Civil Veterinary Department Bihar & Orissa reports 1911-21 - 1911-1921
Year: 1911
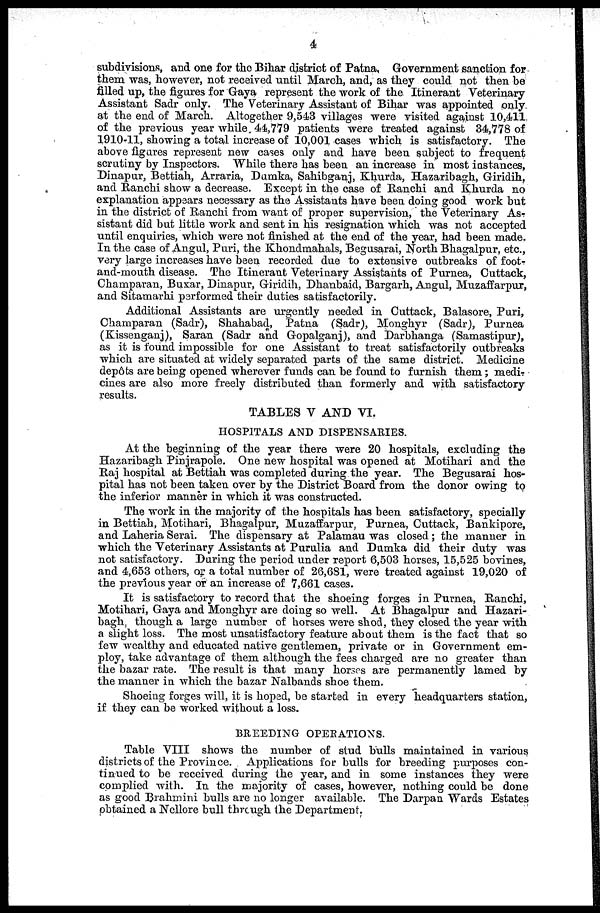
4
subdivisions, and one for the Bihar district of Patna, Government sanction for
them was, however, not received until March, and, as they could not then be
filled up, the figures for Gaya represent the work of the Itinerant Veterinary
Assistant Sadr only. The Veterinary Assistant of Bihar was appointed only
at the end of March. Altogether 9,543 villages were visited against 10,411
of the previous year while 44,779 patients were treated against 34,778 of
1910-11, showing a total increase of 10,001 cases which is satisfactory. The
above figures represent new cases only and have been subject to frequent
scrutiny by Inspectors. While there has been an increase in most instances,
Dinapur, Bettiah, Arraria, Dumka, Sahibganj, Khurda, Hazaribagh, Giridih,
and Ranchi show a decrease. Except in the case of Ranchi and Khurda no
explanation appears necessary as the Assistants have been doing good work but
in the district of Ranchi from want of proper supervision, the Veterinary As-
sistant did but little work and sent in his resignation which was not accepted
until enquiries, which were not finished at the end of the year, had been made.
In the case of Angul, Puri, the Khonclmahals, Begusarai, North Bhagalpur, etc.,
very large increases have been recorded due to extensive outbreaks of foot-
and-mouth disease. The Itinerant Veterinary Assistants of Purnea, Cuttack,
Champaran, Buxar, Dinapur, Giridih, Dhanbaid, Bargarh, Angul, Muzaffarpur,
and Sitamarhi performed their duties satisfactorily.
Additional Assistants are urgently needed in Cuttack, Balasore, Puri,
Champaran (Sadr), Shahabad, Patna (Sadr), Monghyr (Sadr), Purnea
(Kissenganj), Saran (Sadr and Gopalganj), and Darbhanga (Samastipur),
as it is found impossible for one Assistant to treat satisfactorily outbreaks
which are situated at widely separated parts of the same district. Medicine
depôts are being opened wherever funds can be found to furnish them ; medi-
cines are also more freely distributed than formerly and with satisfactory
results.
TABLES V AND VI.
HOSPITALS AND DISPENSARIES.
At the beginning of the year there were 20 hospitals, excluding the
Hazaribagh Pinjrapole. One new hospital was opened at Motihari and the
Raj hospital at Bettiah was completed during the year. The Begusarai hos-
pital has not been taken over by the District Board from the donor owing to
the inferior manner in which it was constructed.
The work in the majority of the hospitals has been satisfactory, specially
in Bettiah, Motihari, Bhagalpur, Muzaffarpur, Purnea, Cuttack, Bankipore,
and Laheria Serai. The dispensary at Palamau was closed; the manner in
which the Veterinary Assistants at Purulia and Dumka did their duty was
not satisfactory. During the period under report 6,503 horses, 15,525 bovines,
and 4,653 others, or a total number of 26,681, were treated against 19,020 of
the previous year or an increase of 7,661 cases.
It is satisfactory to record that the shoeing forges in Purnea, Ranchi,
Motihari, Gaya and Monghyr are doing so well. At Bhagalpur and Hazari-
bagh, though a large number of horses were shod, they closed the year with
a slight loss. The most unsatisfactory feature about them is the fact that so
few wealthy and educated native gentlemen, private or in Government em-
ploy, take advantage of them although the fees charged are no greater than
the bazar rate. The result is that many horses are permanently lamed by
the manner in which the bazar Nalbands shoe them.
Shoeing forges will, it is hoped, be started in every headquarters station,
if they can be worked without a loss.
BREEDING OPERATIONS.
Table VIII shows the number of stud bulls maintained in various
districts of the Province. Applications for bulls for breeding purposes con-
tinued to be received during the year, and in some instances they were
complied with. In the majority of cases, however, nothing could be done
as good Brahmini bulls are no longer available. The Darpan Wards Estates
obtained a Nellore bull through the Department.